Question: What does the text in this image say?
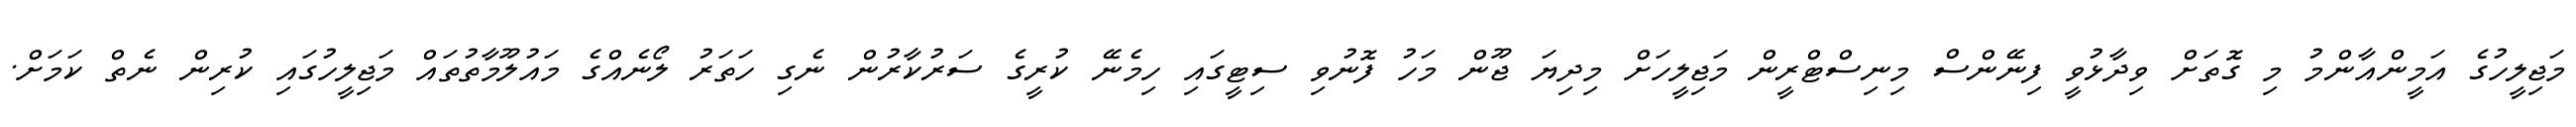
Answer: މަޖިލީހުގެ އަމީންއާންމު މި ގޮތަށް ވިދާޅުވީ ފިނޭންސް މިނިސްޓްރީން މަޖިލީހަށް މިދިޔަ ޖޫން މަހު ފޮނުވި ސިޓީގައި ހިމެނޭ ކުރީގެ ސަރުކާރުން ނެގި ހަތަރު ލޯނެއްގެ މައުލޫމާތުތައް މަޖިލީހުގައި ކުރިން ނެތް ކަމަށް.